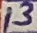
Text: 13